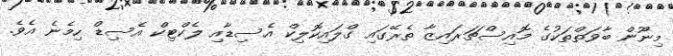
މިނޫން ބާވަތްތަކުގެ މޮއިސްޗަރައިޒާ ތެރޭގައި ގްލައިކޮލިކް އެސިޑާއި ލެކްޓިކް އެސިޑް ހިމެނެ އެވެ.